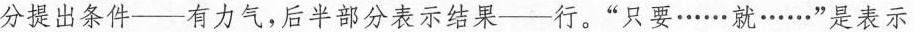
分提出条件——有力气，后半部分表示结果——行。”只要……就……”是表示